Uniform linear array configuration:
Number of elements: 8
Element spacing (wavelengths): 0.5
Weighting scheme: blackman
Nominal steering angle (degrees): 0
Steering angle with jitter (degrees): -0.1784
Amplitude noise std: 0.05
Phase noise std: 0.05

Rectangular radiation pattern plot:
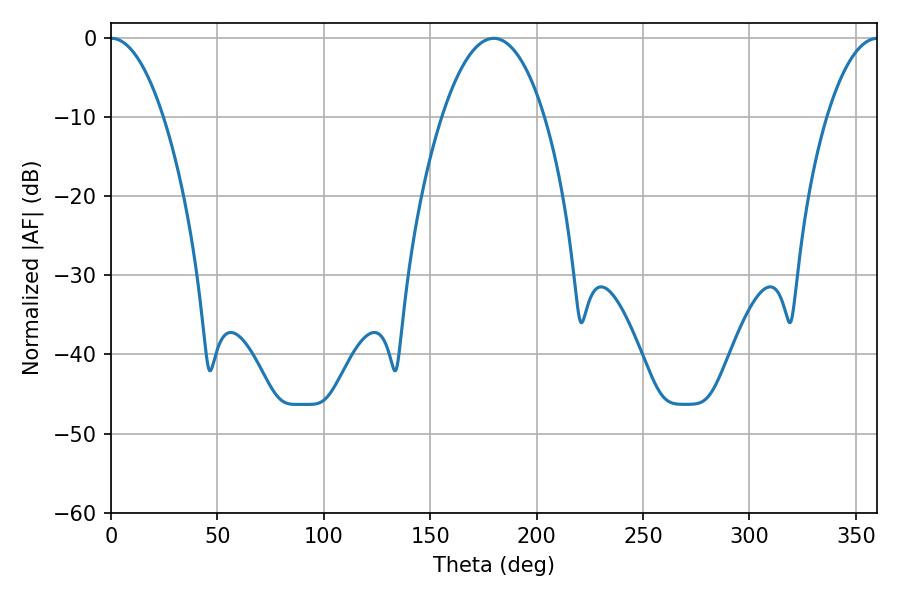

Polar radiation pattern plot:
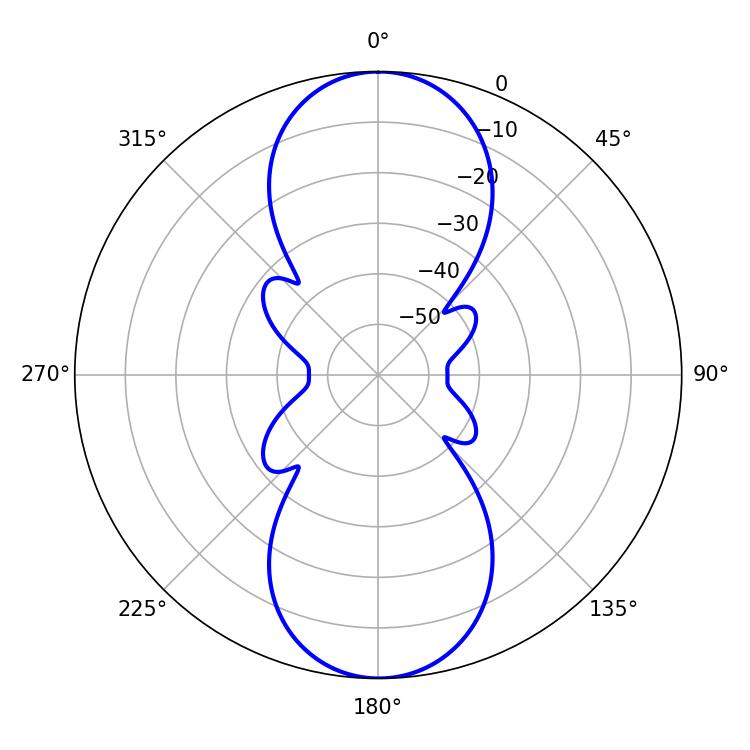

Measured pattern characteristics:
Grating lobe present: FALSE
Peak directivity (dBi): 25.278
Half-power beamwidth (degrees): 13.68
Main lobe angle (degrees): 0.18